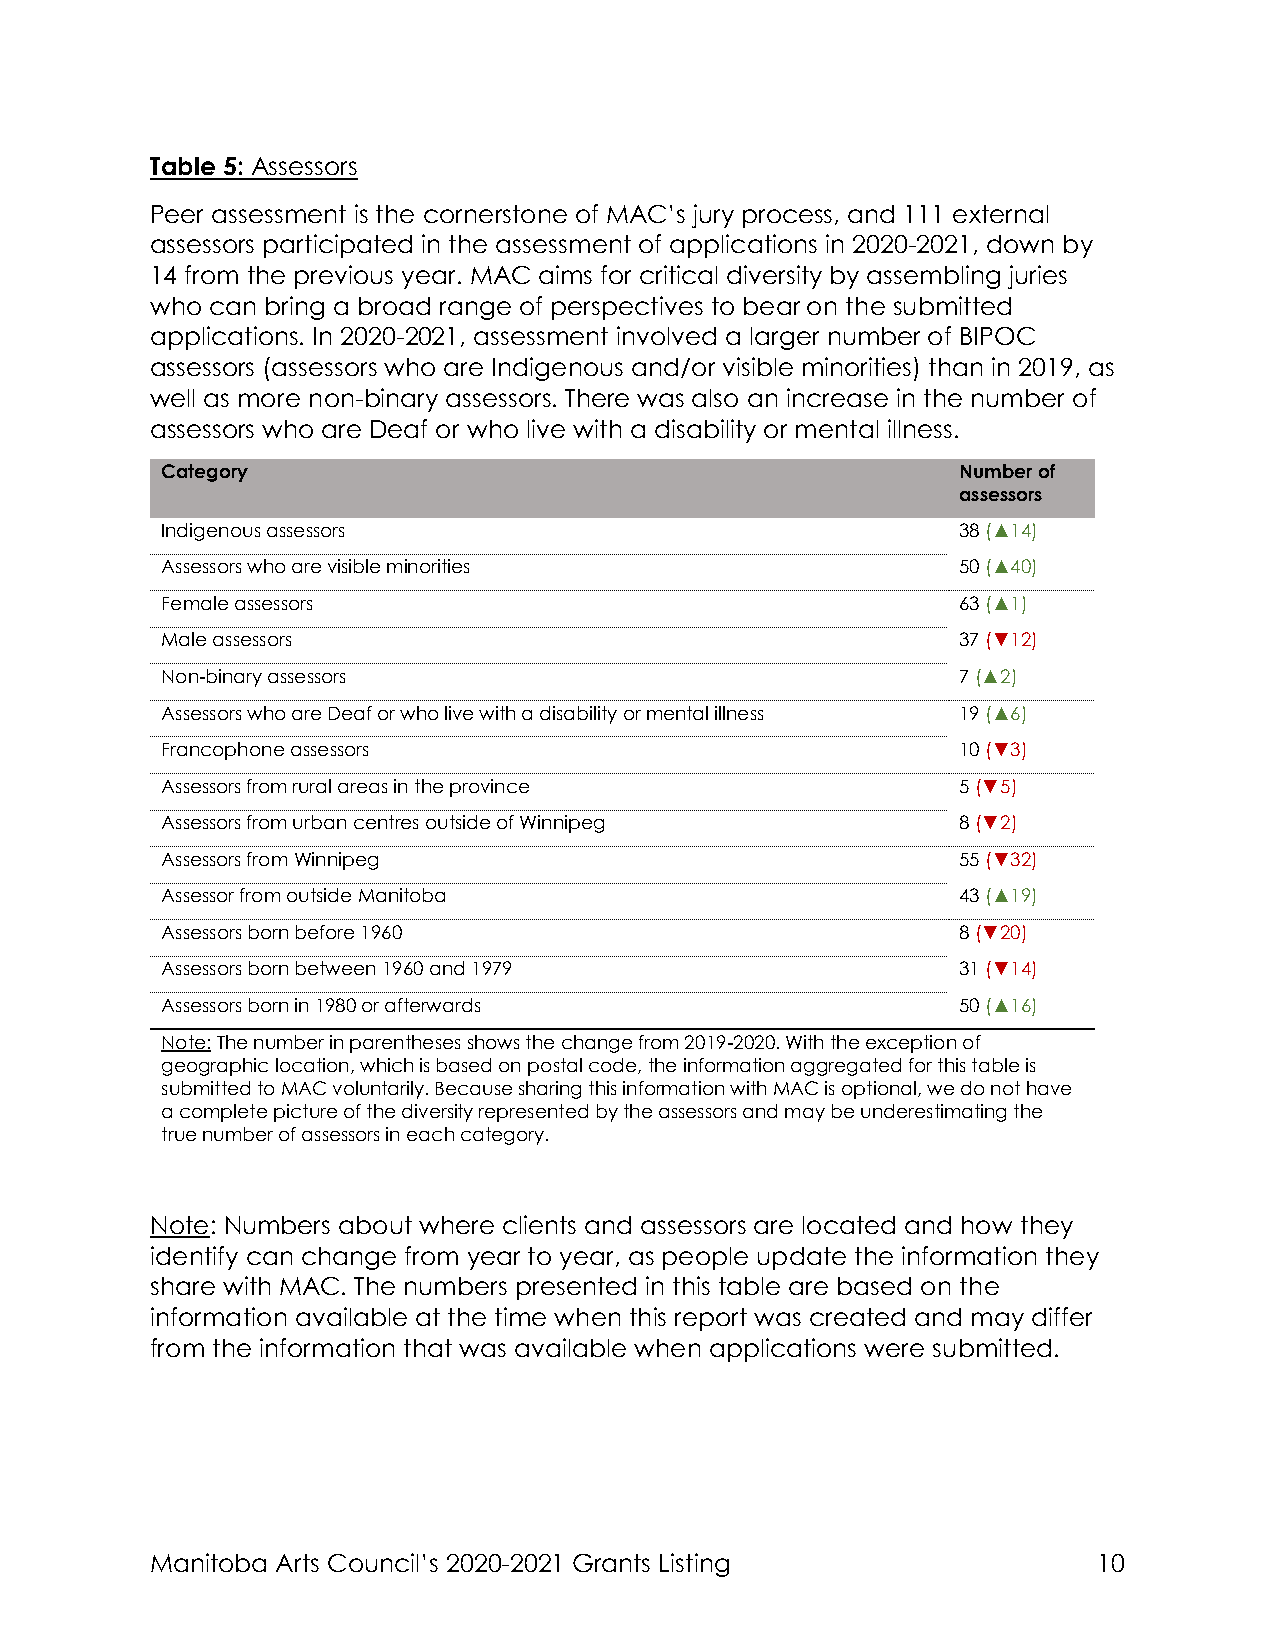
Table 5: Assessors
 Peer assessment is the cornerstone of MAC’s jury process, and 111 external
 assessors participated in the assessment of applications in 2020-2021, down by
 14 from the previous year. MAC aims for critical diversity by assembling juries
 who can bring a broad range of perspectives to bear on the submitted
 applications. In 2020-2021, assessment involved a larger number of BIPOC
 assessors (assessors who are Indigenous and/or visible minorities) than in 2019, as
 well as more non-binary assessors. There was also an increase in the number of
 assessors who are Deaf or who live with a disability or mental illness.
 Category                                            Number of
 assessors
 Indigenous assessors                                38 (▲14)
 Assessors who are visible minorities                50 (▲40)
 Female assessors                                    63 (▲1)
 Male assessors                                      37 (▼12)
 Non-binary assessors                                7 (▲2)
 Assessors who are Deaf or who live with a disability or mental illness 19 (▲6)
 Francophone assessors                               10 (▼3)
 Assessors from rural areas in the province          5 (▼5)
 Assessors from urban centres outside of Winnipeg    8 (▼2)
 Assessors from Winnipeg                             55 (▼32)
 Assessor from outside Manitoba                      43 (▲19)
 Assessors born before 1960                          8 (▼20)
 Assessors born between 1960 and 1979                31 (▼14)
 Assessors born in 1980 or afterwards                50 (▲16)
 Note: The number in parentheses shows the change from 2019-2020. With the exception of
 geographic location, which is based on postal code, the information aggregated for this table is
 submitted to MAC voluntarily. Because sharing this information with MAC is optional, we do not have
 a complete picture of the diversity represented by the assessors and may be underestimating the
 true number of assessors in each category.
 Note: Numbers about where clients and assessors are located and how they
 identify can change from year to year, as people update the information they
 share with MAC. The numbers presented in this table are based on the
 information available at the time when this report was created and may differ
 from the information that was available when applications were submitted.
 Manitoba Arts Council’s 2020-2021 Grants Listing               10